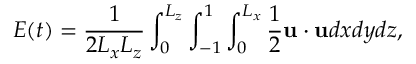
E ( t ) = \frac { 1 } { 2 L _ { x } L _ { z } } \int _ { 0 } ^ { L _ { z } } \int _ { - 1 } ^ { 1 } \int _ { 0 } ^ { L _ { x } } \frac { 1 } { 2 } \mathbf { u } \cdot \mathbf { u } d x d y d z ,